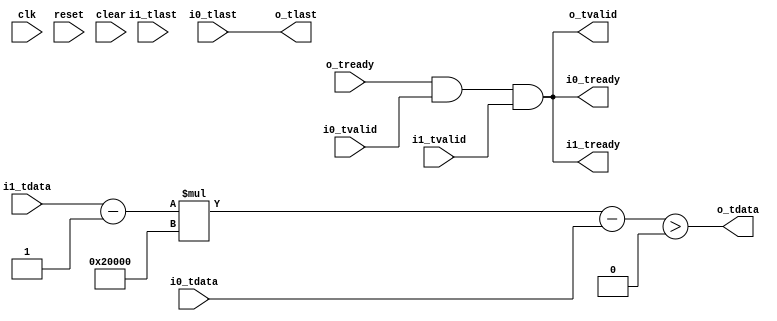
//
// Copyright 2014 Ettus Research LLC
// Copyright 2018 Ettus Research, a National Instruments Company
//
// SPDX-License-Identifier: LGPL-3.0-or-later
//

module threshold_scaled
  #(parameter WIDTH=32, SCALAR=131072)
   (input clk, input reset, input clear,
    input [WIDTH-1:0] i0_tdata, input i0_tlast, input i0_tvalid, output i0_tready,
    input [WIDTH-1:0] i1_tdata, input i1_tlast, input i1_tvalid, output i1_tready,
    output o_tdata, output o_tlast, output o_tvalid, input o_tready);

   wire signed [WIDTH-1:0] scaled_input;
   wire signed [WIDTH-1:0] difference;
   wire signed 		   thresh_met;
   
   assign scaled_input = (i1_tdata-1) * SCALAR;
   assign difference = scaled_input - i0_tdata;
   assign thresh_met = difference > 0;
   
   assign o_tdata = thresh_met;
   assign o_tlast = i0_tlast;

   wire 		   do_op = o_tready & i0_tvalid & i1_tvalid;
   
   assign o_tvalid = do_op;
   
   assign i0_tready = do_op;
   assign i1_tready = do_op;

endmodule // threshold_scaled